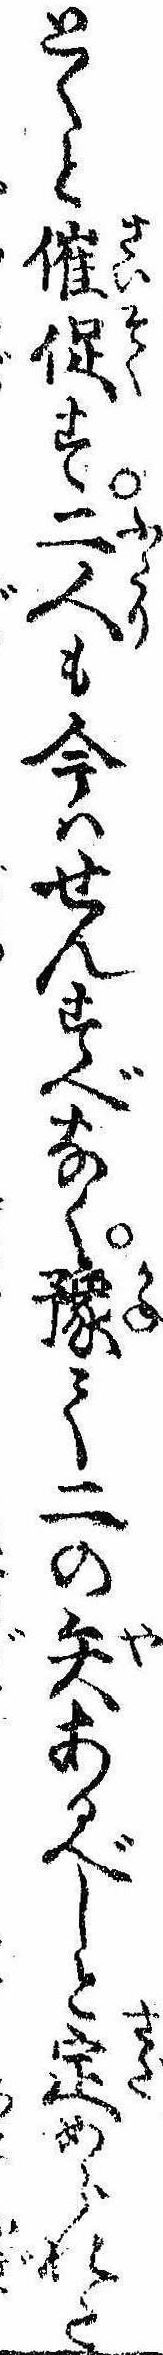
とくと催促す二人も今はせんすべなく予て二の矢あるべしと定められた